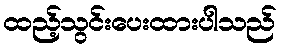
ထည့်သွင်းပေးထားပါသည်